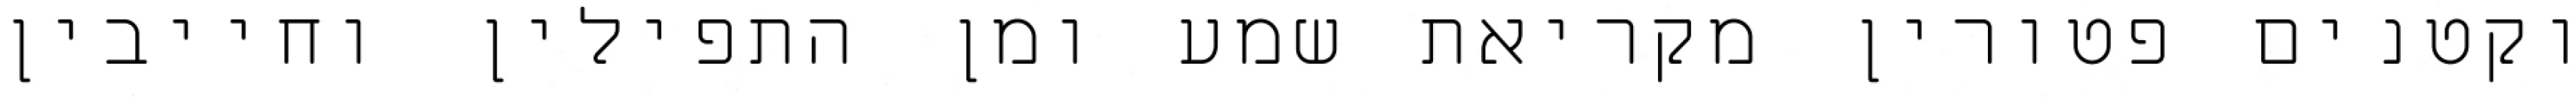
וקטנים פטורין מקריאת שמע ומן התפילין וחייבין